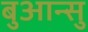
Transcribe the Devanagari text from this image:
बुआन्सु